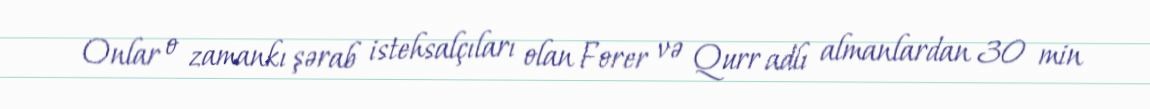
Onlar o zamankı şərab istehsalçıları olan Forer və Qurr adlı almanlardan 30 min